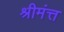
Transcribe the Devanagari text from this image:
श्रीमंत्त